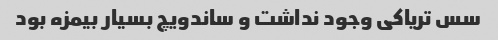
سس تریاکی وجود نداشت و ساندویچ بسیار بیمزه بود